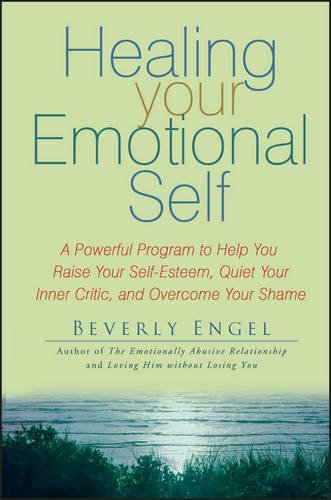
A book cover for Healing Your Emotional Self: A Powerful Program to Help You Raise Your Self-Esteem, Quiet Your Inner Critic, and Overcome Your Shame; Beverly Engel; Self-Help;